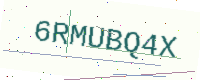
Text: 6RMUBQ4X